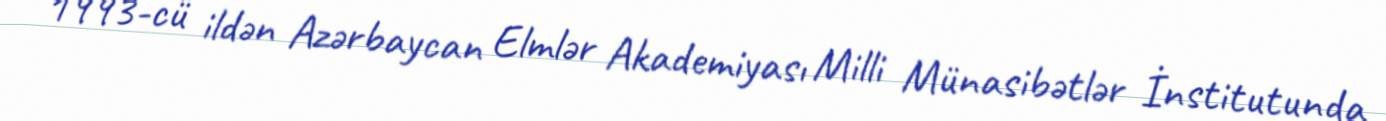
1993-cü ildən Azərbaycan Elmlər Akademiyası Milli Münasibətlər İnstitutunda